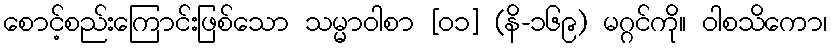
စောင့်စည်းကြောင်းဖြစ်သော သမ္မာဝါစာ [၀၁] (နိ-၁၆၉) မဂ္ဂင်ကို။ ဝါစသိကော၊